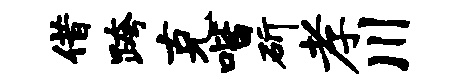
借跨克喈斫孝川